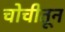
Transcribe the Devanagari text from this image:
चोचीतून